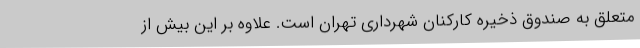
متعلق به صندوق ذخیره کارکنان شهرداری تهران است. علاوه بر این بیش از